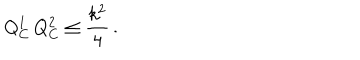
LaTeX: Q _ { C } ^ { 1 } \, Q _ { C } ^ { 2 } \leq { \frac { k ^ { 2 } } { 4 } } \, .